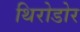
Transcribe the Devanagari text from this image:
थिरोडोर